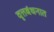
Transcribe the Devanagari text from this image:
वृत्तबंधनात